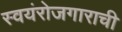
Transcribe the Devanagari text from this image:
स्वयंरोजगाराची